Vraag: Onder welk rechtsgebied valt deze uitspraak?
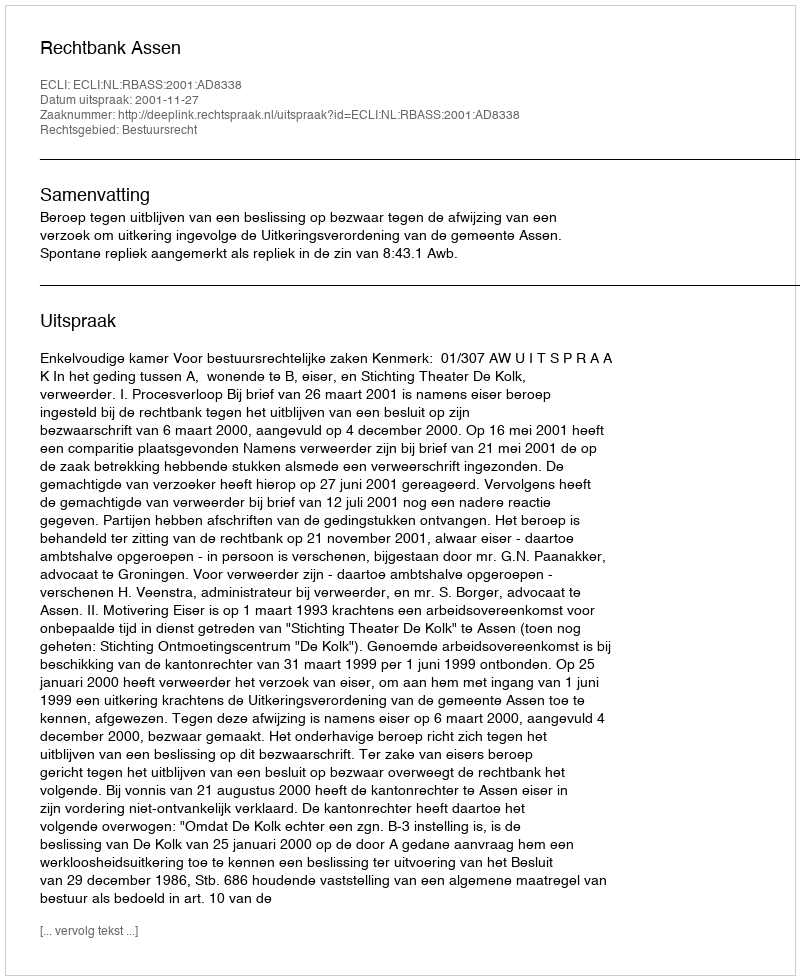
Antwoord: Bestuursrecht